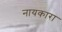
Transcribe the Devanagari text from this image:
नायकारा